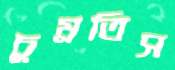
চুম্‌রতিস